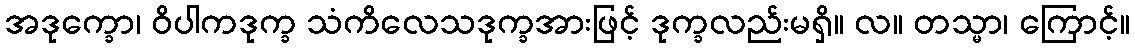
အဒုက္ခော၊ ဝိပါကဒုက္ခ သံကိလေသဒုက္ခအားဖြင့် ဒုက္ခလည်းမရှိ။ လ။ တသ္မာ၊ ကြောင့်။